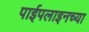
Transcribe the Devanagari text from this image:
पाईपलाइनच्या